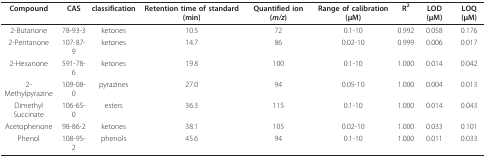
<table><thead><tr><td><b>Compound</b></td><td><b>CAS</b></td><td><b>classification</b></td><td><b>Retention time of standard (min)</b></td><td><b>Quantified ion (<i>m/z</i>)</b></td><td><b>Range of calibration (μM)</b></td><td><b>R<sup>2</sup></b></td><td><b>LOD (μM)</b></td><td><b>LOQ (μM)</b></td></tr></thead><tbody><tr><td>2-Butanone</td><td>78-93-3</td><td>ketones</td><td>10.5</td><td>72</td><td>0.1-10</td><td>0.992</td><td>0.058</td><td>0.176</td></tr><tr><td>2-Pentanone</td><td>107-87-9</td><td>ketones</td><td>14.7</td><td>86</td><td>0.02-10</td><td>0.999</td><td>0.006</td><td>0.017</td></tr><tr><td>2-Hexanone</td><td>591-78-6</td><td>ketones</td><td>19.8</td><td>100</td><td>0.1-10</td><td>1.000</td><td>0.014</td><td>0.042</td></tr><tr><td>2-Methylpyrazine</td><td>109-08-0</td><td>pyrazines</td><td>27.0</td><td>94</td><td>0.05-10</td><td>1.000</td><td>0.004</td><td>0.013</td></tr><tr><td>Dimethyl Succinate</td><td>106-65-0</td><td>esters</td><td>36.3</td><td>115</td><td>0.1-10</td><td>1.000</td><td>0.014</td><td>0.043</td></tr><tr><td>Acetophenone</td><td>98-86-2</td><td>ketones</td><td>38.1</td><td>105</td><td>0.02-10</td><td>1.000</td><td>0.033</td><td>0.101</td></tr><tr><td>Phenol</td><td>108-95-2</td><td>phenols</td><td>45.6</td><td>94</td><td>0.1-10</td><td>1.000</td><td>0.011</td><td>0.033</td></tr></tbody></table>